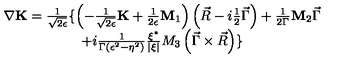
\begin{array} { c } { \nabla { \bf K } = \frac 1 { \sqrt { 2 \epsilon } } \{ \left( - \frac 1 { \sqrt { 2 \epsilon } } { \bf K } + \frac 1 { 2 \epsilon } { \bf M } _ { 1 } \right) \left( \vec { R } - i \frac 1 2 \vec { \Gamma } \right) + \frac 1 { 2 \Gamma } { \bf M } _ { 2 } \vec { \Gamma } } \\ { + i \frac 1 { \Gamma \left( \epsilon ^ { 2 } - \eta ^ { 2 } \right) } \frac { \xi ^ { * } } { \left| \xi \right| } M _ { 3 } \left( \vec { \Gamma } \times \vec { R } \right) \} } \\ \end{array}